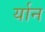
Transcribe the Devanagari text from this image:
र्यान